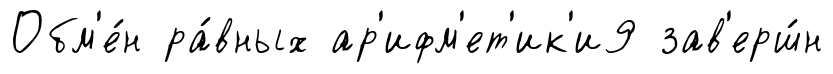
Обм'е́н ра́вных ар'ифм'ет'ик'и9 зав'ерш́н